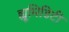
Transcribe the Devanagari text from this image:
ह्यूमिडिटी